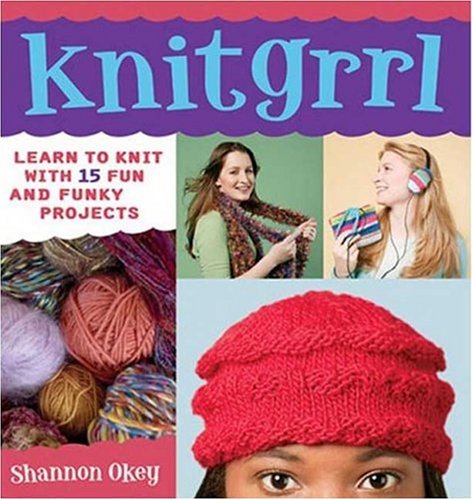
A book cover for Knitgrrl: Learn to Knit with 15 Fun and Funky Patterns; Shannon Okey; Teen & Young Adult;